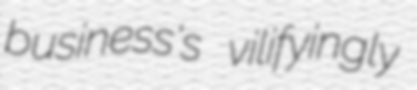
business's vilifyingly